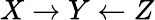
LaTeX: X\rightarrow Y\leftarrow Z